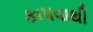
કાપવાથી